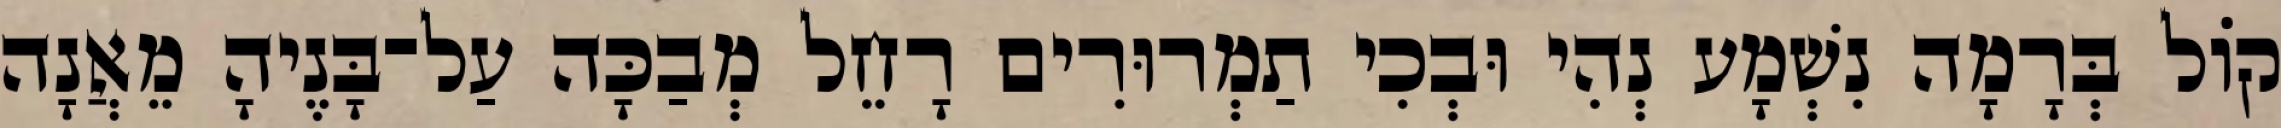
קוֹל בְּרָמָה נִשְׁמָע נְהִי וּבְכִי תַמְרוּרִים רָחֵל מְבַכָּה עַל־בָּנֶיהָ מֵאֲנָה